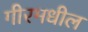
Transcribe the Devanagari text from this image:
गीरमधील